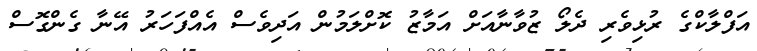
އަފްލާކްގެ ރުޅިވެރި ދެލޯ ޒުވާނާއަށް އަމާޒު ކޮށްލަމުން އަދިވެސް އެއްފަހަރު އޭނާ ގެންގޮސް